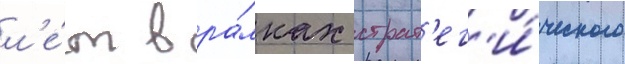
л'е́т в ра́мках страт'ег'и́ческого